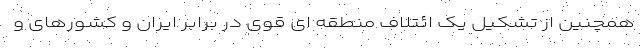
همچنین از تشکیل یک ائتلاف منطقه ای قوی در برابر ایران و کشورهای و